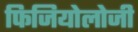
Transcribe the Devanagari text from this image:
फिजियोलोजी